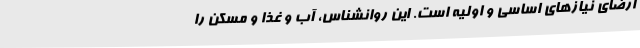
ارضای نیازهای اساسی و اولیه است. این روانشناس، آب و غذا و مسکن را